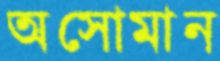
অসোমান